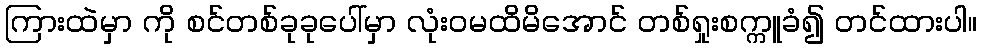
ကြားထဲမှာ ကို စင်တစ်ခုခုပေါ်မှာ လုံးဝမထိမိအောင် တစ်ရှုးစက္ကူခံ၍ တင်ထားပါ။